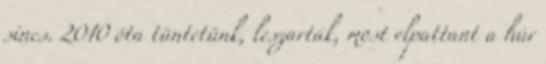
sincs. 2010 óta tüntetünk, leszarták, most elpattant a húr